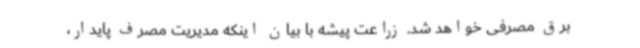
برق مصرفی خواهد شد. زراعت پیشه با بیان اینکه مدیریت مصرف پایدار،